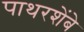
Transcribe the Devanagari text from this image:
पाथरशेंबे